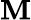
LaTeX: \mathbf{M}